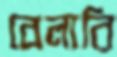
বেলারি